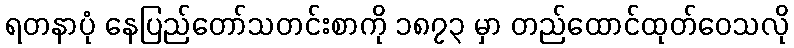
ရတနာပုံ နေပြည်တော်သတင်းစာကို ၁၈၇၃ မှာ တည်ထောင်ထုတ်ဝေသလို